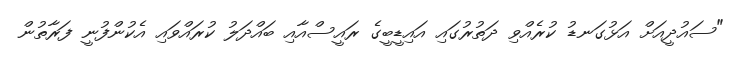
"ސައުދީއަށް އަޅުގަނޑު ކުރެއްވި ދަތުރުގައި އައިޑީބީގެ ރައީސްއާއި ބައްދަލު ކުރައްވައި އެކުންފުނީ ފަރާތުން